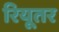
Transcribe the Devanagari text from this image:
रियूतर